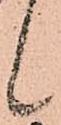
候